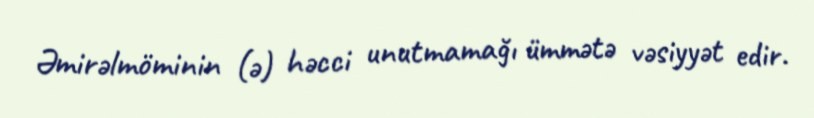
Əmirəlmöminin (ə) həcci unutmamağı ümmətə vəsiyyət edir.